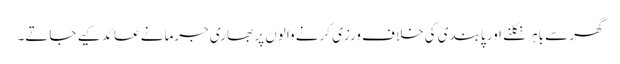
گھر سے باہر نکلنے اور پابندی کی خلاف ورزی کرنے والوں پر بھاری جرمانے عائد کیے جاتے۔